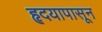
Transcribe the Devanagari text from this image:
हृदयापासून